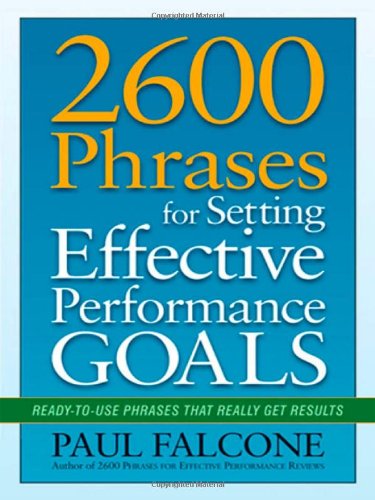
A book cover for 2600 Phrases for Setting Effective Performance Goals: Ready-to-Use Phrases That Really Get Results; Paul Falcone; Business & Money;